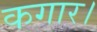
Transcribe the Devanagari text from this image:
कगार।